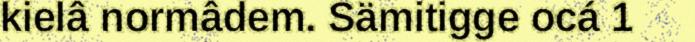
kielâ normâdem. Sämitigge ocá 1